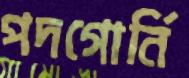
পদগোর্নি